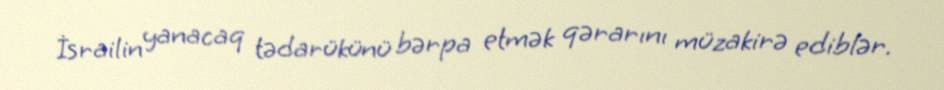
İsrailin yanacaq tədarükünü bərpa etmək qərarını müzakirə ediblər.